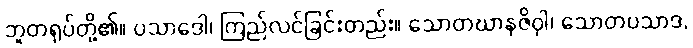
ဘူတရုပ်တို့၏။ ပသာဒေါ၊ ကြည်လင်ခြင်းတည်း။ သောတဃာနဇိဝှါ၊ သောတပသာဒ,